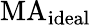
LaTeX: \mathrm{MA}_{\mathrm{ideal}}